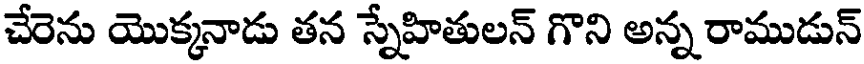
చేరెను యొక్కనాడు తన స్నేహితులన్ గొని అన్న రాముడున్